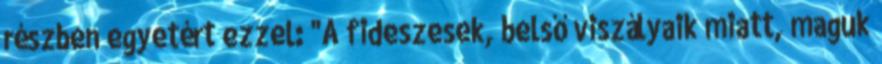
részben egyetért ezzel: "A fideszesek, belső viszályaik miatt, maguk